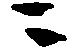
ニ